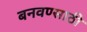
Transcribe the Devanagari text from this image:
बनवण्साठी